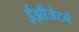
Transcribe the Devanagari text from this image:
ईझीजेटने